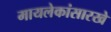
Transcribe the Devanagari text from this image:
मायलेकांसारखे